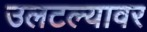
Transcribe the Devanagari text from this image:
उलटल्यावर